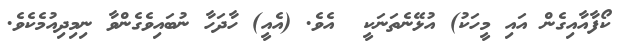
ކޯފާއާއިގެން އައި މީހަކު) އުޅޭނެތަނަކީ  އެވެ. (އެއީ) ހާދަހާ ނުބައިވެގެންވާ ނިމިދިއުމެކެވެ.